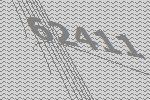
62411